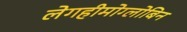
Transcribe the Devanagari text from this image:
लेगहीमोग्लोबिन